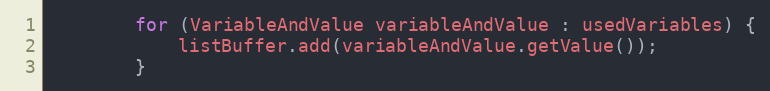
Language: Java
        for (VariableAndValue variableAndValue : usedVariables) {
            listBuffer.add(variableAndValue.getValue());
        }